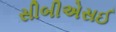
સીબીએસઈ